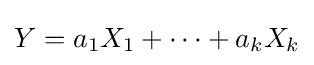
Y=a_{1}X_{1}+\cdots +a_{k}X_{k}